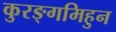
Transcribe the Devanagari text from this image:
कुरङ्गमिहुन